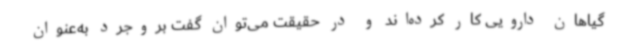
گیاهان دارویی کار کرده‌اند و در حقیقت می‌توان گفت بروجرد به‌عنوان